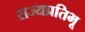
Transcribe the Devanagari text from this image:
राज्यप्रतिभू